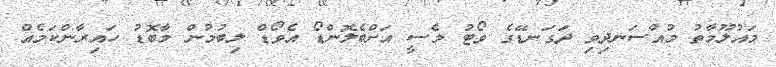
މައުލޫމާތު މުއްސަނދިވި ދަގަނޑޭގެ ވޯޓު މެސީ އަށްބެލޮންޑޯ އެވޯޑް ލިބުމުން މާބޮޑު ހައިރާންކަމެއް